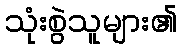
သုံးစွဲသူများ၏